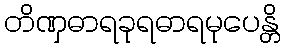
တိဏှဓာရခုရဓာရမုပေန္တိ